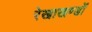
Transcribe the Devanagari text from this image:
रेखाखण्डों